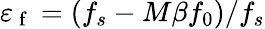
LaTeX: \varepsilon_{\mathrm{~f~}}=(f_{s}-M\beta f_{0})/f_{s}